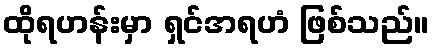
ထိုရဟန်းမှာ ရှင်အရဟံ ဖြစ်သည်။